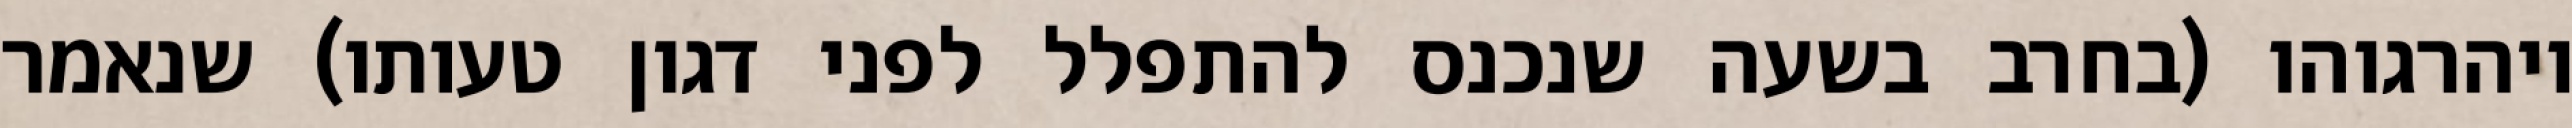
ויהרגוהו (בחרב בשעה שנכנס להתפלל לפני דגון טעותו) שנאמר